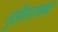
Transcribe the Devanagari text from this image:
मुंडेंसारख्या